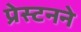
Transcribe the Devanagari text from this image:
प्रेस्टनने